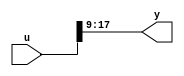
module controllerHdl_MATLAB_Function_block
          (
           u,
           y
          );


  input   [17:0] u;  // ufix18
  output  [8:0] y;  // ufix9


  wire [8:0] y1;  // ufix9_E9


  //MATLAB Function 'Open_Loop_Control/Sin_Cos/Mark_Extract_Bits/MATLAB Function': '<S37>:1'
  // Non-tunable mask parameter
  //'<S37>:1:8'
  //'<S37>:1:10'
  assign y1 = u[17:9];
  //'<S37>:1:14'
  assign y = y1;



endmodule